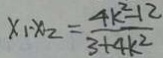
x _ { 1 } - x _ { 2 } = \frac { 4 k ^ { 2 } - 1 2 } { 3 + 4 k ^ { 2 } }